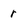
Character: r